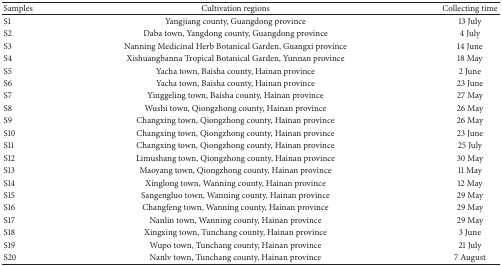
| Samples | Cultivation regions | Collecting time |
 | --- | --- | --- |
 | S1 | Yangjiang county, Guangdong province | 13 July |
 | S2 | Daba town, Yangdong county, Guangdong province | 4 July |
 | S3 | Nanning Medicinal Herb Botanical Garden, Guangxi province | 14 June |
 | S4 | Xishuangbanna Tropical Botanical Garden, Yunnan province | 18 May |
 | S5 | Yacha town, Baisha county, Hainan province | 2 June |
 | S6 | Yacha town, Baisha county, Hainan province | 23 June |
 | S7 | Yinggeling town, Baisha county, Hainan province | 27 May |
 | S8 | Wushi town, Qiongzhong county, Hainan province | 26 May |
 | S9 | Changxing town, Qiongzhong county, Hainan province | 26 May |
 | S10 | Changxing town, Qiongzhong county, Hainan province | 23 June |
 | S11 | Changxing town, Qiongzhong county, Hainan province | 25 July |
 | S12 | Limushang town, Qiongzhong county, Hainan province | 30 May |
 | S13 | Maoyang town, Qiongzhong county, Hainan province | 11 May |
 | S14 | Xinglong town, Wanning county, Hainan province | 12 May |
 | S15 | Sangengluo town, Wanning county, Hainan province | 29 May |
 | S16 | Changfeng town, Wanning county, Hainan province | 29 May |
 | S17 | Nanlin town, Wanning county, Hainan province | 29 May |
 | S18 | Xingxing town, Tunchang county, Hainan province | 3 June |
 | S19 | Wupo town, Tunchang county, Hainan province | 21 July |
 | S20 | Nanlv town, Tunchang county, Hainan province | 7 August |